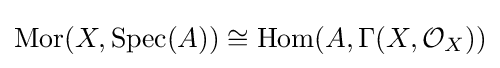
\operatorname {Mor} (X,\operatorname {Spec} (A))\cong \operatorname {Hom} (A,\Gamma (X,{\mathcal {O}}_{X}))